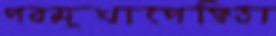
পরমুখাপেক্ষিতা